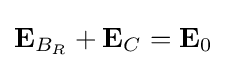
\mathbf {E} _{B_{R}}+\mathbf {E} _{C}=\mathbf {E} _{0}